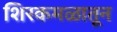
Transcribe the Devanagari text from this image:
शिरकमळातून